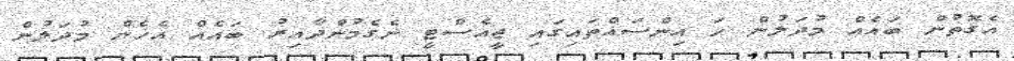
އެގޮތުން ބައެއް މުދަލުން ހަ އިންސައްތައިގައި ޖީއެސްޓީ ނެގެމުންދާއިރު ބައެއް އެހެން މުދަލުން